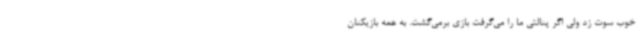
خوب سوت زد ولی اگر پنالتی ما را می‌گرفت بازی برمی‌گشت. به همه بازیکنان